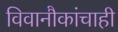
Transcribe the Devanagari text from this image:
विवानौकांचाही